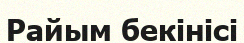
Райым бекінісі